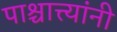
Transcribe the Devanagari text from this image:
पाश्चात्त्यांनी